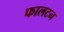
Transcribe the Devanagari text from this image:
फालटन